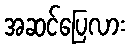
အဆင်ပြေလား